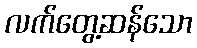
လက်တွေ့ဆန်သော